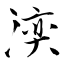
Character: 湙